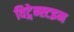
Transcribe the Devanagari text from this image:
विट्गेन्स्टइन